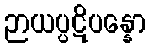
ဉာယပ္ပဋိပန္နော